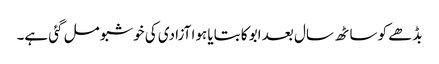
بڈھے کو ساٹھ سال بعد ابو کا بتایا ہوا آزادی کی خوشبو مل گئی ہے۔